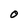
Character: O